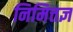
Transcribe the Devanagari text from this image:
निमित्तज्ञ